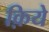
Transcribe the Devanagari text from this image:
क़िये